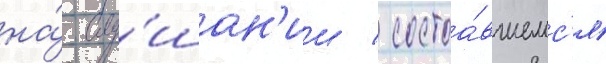
на́ слу́шан'ии / состоа́вшемс'я